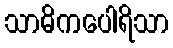
သာဓိကပေါရိသာ